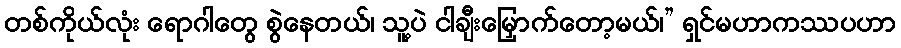
တစ်ကိုယ်လုံး ရောဂါတွေ စွဲနေတယ်၊ သူ့ပဲ ငါချီးမြှောက်တော့မယ်၊” ရှင်မဟာကဿပဟာ